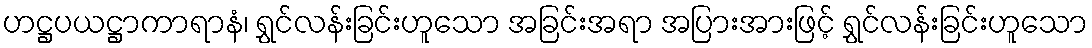
ဟဋ္ဌပယဋ္ဌာကာရာနံ၊ ရွှင်လန်းခြင်းဟူသော အခြင်းအရာ အပြားအားဖြင့် ရွှင်လန်းခြင်းဟူသော